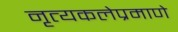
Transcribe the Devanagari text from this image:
नृत्यकलेप्रमाणे